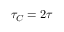
\tau _ { C } = 2 \tau